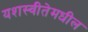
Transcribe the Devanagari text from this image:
यशस्वीतेमधील